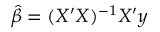
{ \widehat { \beta } } = ( X ^ { \prime } X ) ^ { - 1 } X ^ { \prime } y